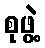
စုဖွဲ့